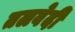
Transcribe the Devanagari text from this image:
तलवेदी